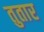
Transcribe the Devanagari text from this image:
तुतार